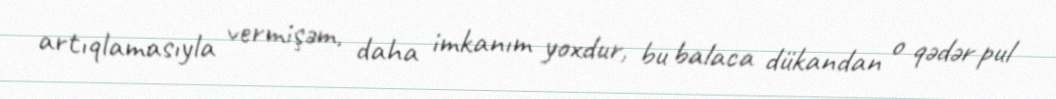
artıqlamasıyla vermişəm, daha imkanım yoxdur, bu balaca dükandan o qədər pul